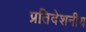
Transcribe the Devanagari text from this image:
प्रतिदेशनीय